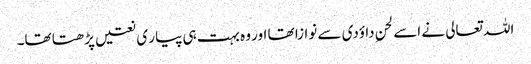
اللہ تعالی نے اسے لحنِ داؤدی سے نوازا تھا اور وہ بہت ہی پیار ی نعتیں پڑھتا تھا۔